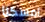
امسكنا